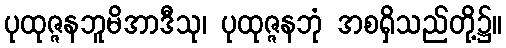
ပုထုဇ္ဇနဘူမိအာဒီသု၊ ပုထုဇ္ဇနဘုံ အစရှိသည်တို့၌။